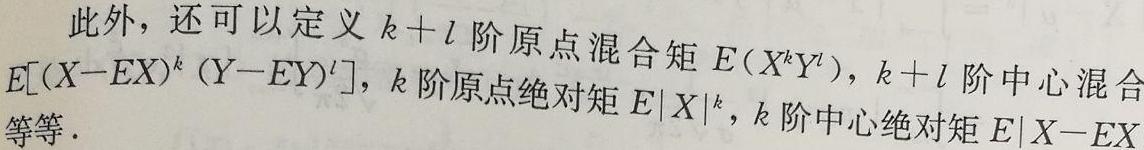
此外，还可以定义 $k + l$ 阶原点混合矩 $E(X^{k}Y^{l})$，$k + l$ 阶中心混合矩 $E[(X - EX)^{k}(Y - EY)^{l}]$，$k$ 阶原点绝对矩 $E|X|^{k}$，$k$ 阶中心绝对矩 $E|X - EX|^{k}$ 等等.